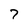
Character: 7